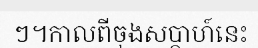
ៗ។កាលពីចុងសប្តាហ៍នេះ